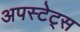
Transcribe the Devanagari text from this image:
अपस्टेट्स